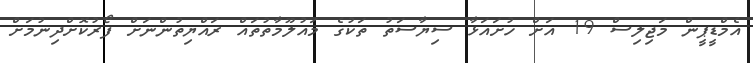
އެމްޑީޕީން މަޖިލިސް 19 އަށް ހުށައަޅާ ސިޔާސަތު ތަކުގެ މައުލޫމާތުތައް ރައްޔިތުންނަށް ފޯރުކޮށްދިނުމަށް